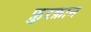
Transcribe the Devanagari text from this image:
फ़ुरक़ान